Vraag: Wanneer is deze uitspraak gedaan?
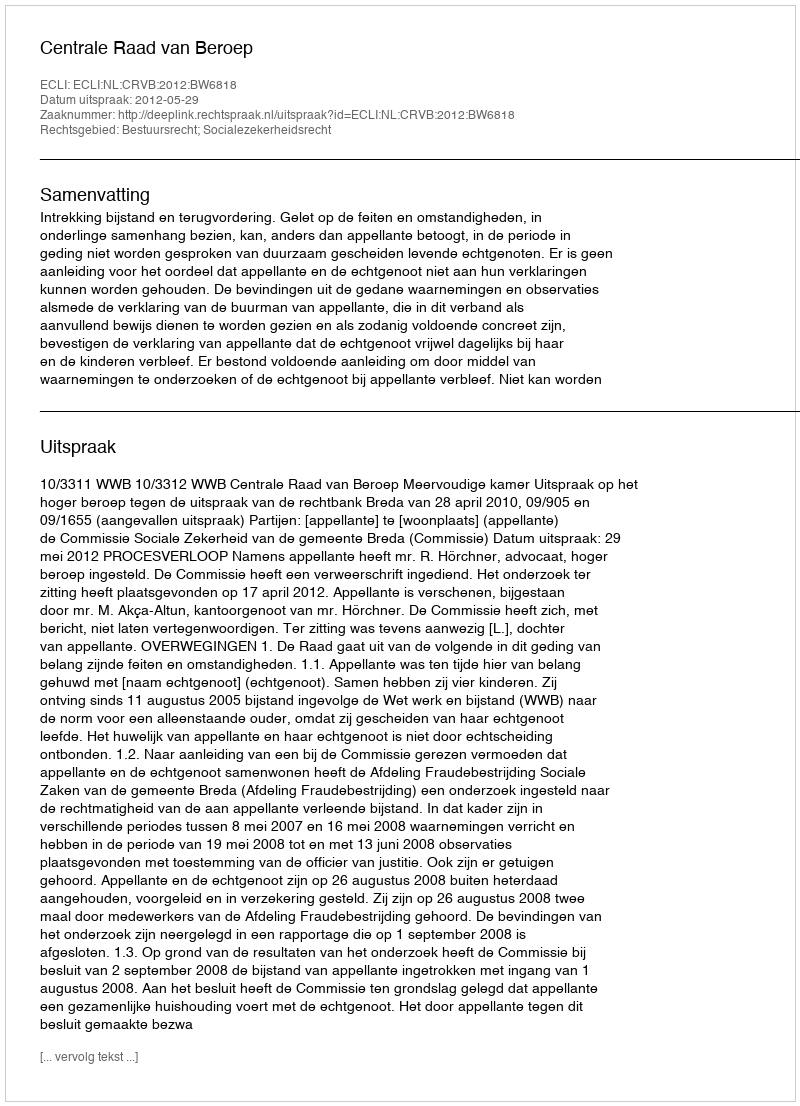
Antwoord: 2012-05-29